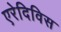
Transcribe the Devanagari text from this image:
एरेदिविस